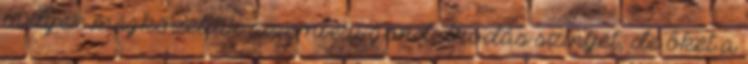
melyek megközelítik az emberi gondolkodás szintjét, de őket a